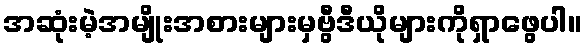
အဆုံးမဲ့အမျိုးအစားများမှဗွီဒီယိုများကိုရှာဖွေပါ။